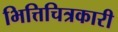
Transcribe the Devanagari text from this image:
भित्तिचित्रकारी